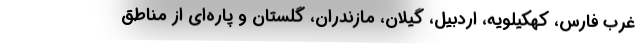
غرب فارس، کهکیلویه، اردبیل، گیلان، مازندران، گلستان و پاره‌ای از مناطق